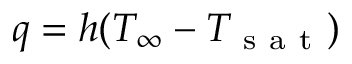
q = h ( T _ { \infty } - T _ { \mathrm { ~ s ~ a ~ t ~ } } )